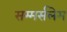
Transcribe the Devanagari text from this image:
सम्मर्सलेम